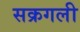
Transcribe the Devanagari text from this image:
सक्रगली